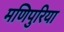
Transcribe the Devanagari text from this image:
मणिपुरिया